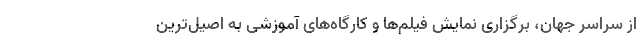
از سراسر جهان، برگزاری نمایش فیلم‌ها و کارگاه‌های آموزشی به اصیل‌ترین